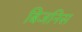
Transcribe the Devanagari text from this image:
बिजनिस